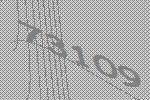
73109